Indian journal of veterinary science and animal husbandry - Volume 9,
Year: 1939
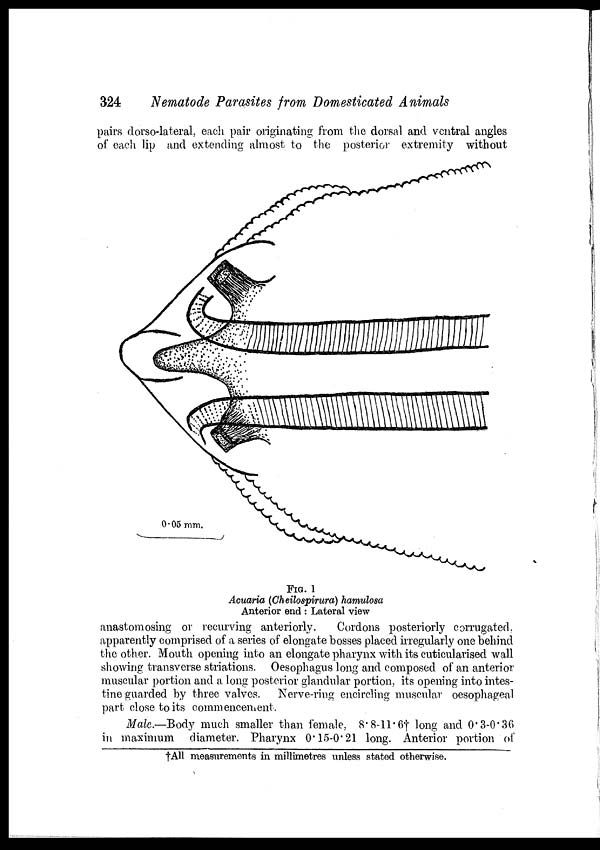
324
Nematode Parasites from Domesticated Animals
pairs dorso-lateral, each pair originating from the dorsal and ventral angles
of each lip and extending almost to the posterior extremity without
FIG. 1
Acuaria (Cheilospirura) hamulosa
Anterior end : Lateral view
anastomosing or recurving anteriorly.
Cordons posteriorly corrugated,
apparently comprised of a series of elongate bosses placed irregularly one behind
the other. Mouth opening into an elongate pharynx with its cuticularised wall
showing transverse striations. Oesophagus long and composed of an anterior
muscular portion and a long posterior glandular portion, its opening into intes-
tine guarded by three valves. Nerve-ring encircling muscular oesophageal
part close to its commencement.
Male.—Body much smaller than female, 8.8-11.6† long and 0.3-0.36
in maximum diameter. Pharynx 0.15-0.21 long. Anterior portion of
†All measurements in millimetres unless stated otherwise.